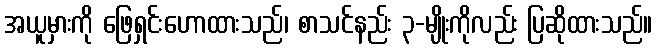
အယူမှားကို ဖြေရှင်းဟောထားသည်၊ စာသင်နည်း ၃-မျိုးကိုလည်း ပြဆိုထားသည်။